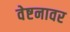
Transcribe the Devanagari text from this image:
वेष्टनावर